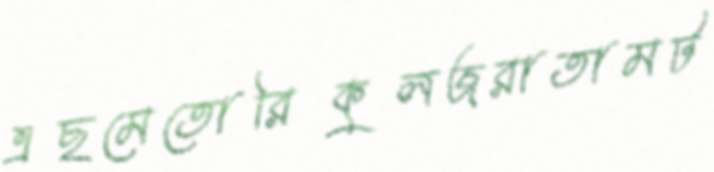
এছমেতোরিকুলজরাতামট